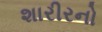
શારીરનો